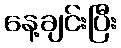
နေ့ချင်းပြီး